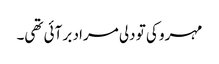
مہرو کی تو دلی مراد بر آئی تھی۔